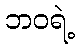
ဘဝရဲ့